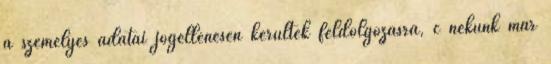
a személyes adatai jogellenesen kerültek feldolgozásra, c nekünk már